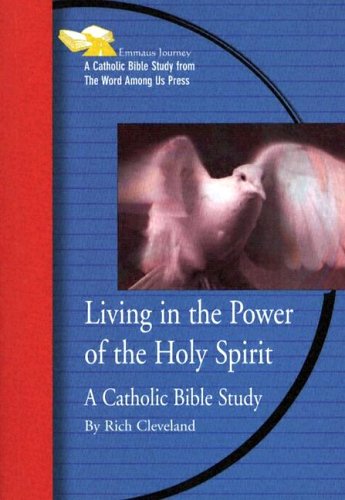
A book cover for Living in the Power of the Holy Spirit: A Catholic Bible Study (Emmaus Journey Bible Study); Rich Cleveland; Christian Books & Bibles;